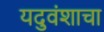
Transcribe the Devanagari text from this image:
यदुवंशाचा